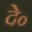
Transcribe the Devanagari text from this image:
दे०